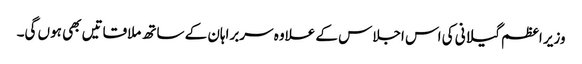
وزیر اعظم گیلانی کی اس اجلاس کے علاوہ سربراہان کے ساتھ ملاقاتیں بھی ہوں گی۔